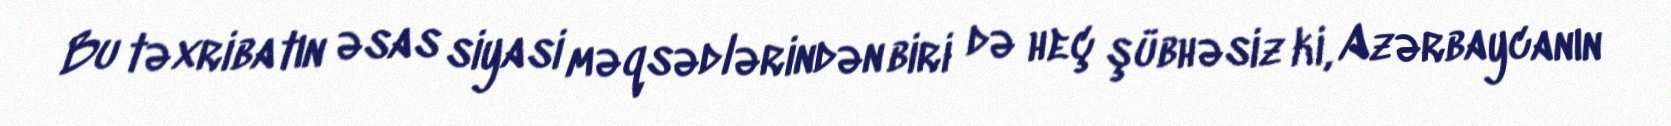
Bu təxribatın əsas siyasi məqsədlərindən biri də heç şübhəsiz ki, Azərbaycanın